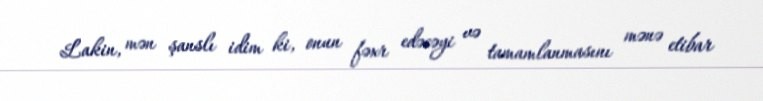
Lakin, mən şanslı idim ki, onun fəxr edəcəyi və tamamlanmasını mənə etibar